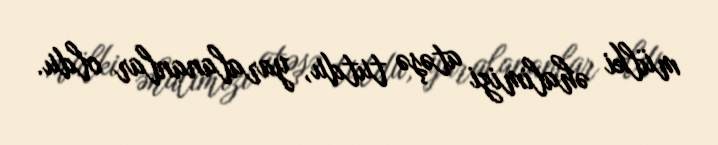
mülki əhalimizi atəşə tutdu, yaralananlar oldu.